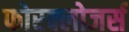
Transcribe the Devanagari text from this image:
फोरक्लोजर्स